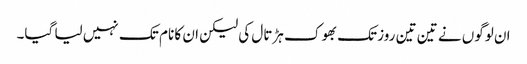
ان لوگوں نے تین تین روز تک بھوک ہڑتال کی لیکن ان کا نام تک نہیں لیا گیا۔